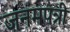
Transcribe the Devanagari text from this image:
जनमपत्री